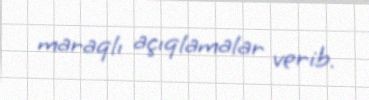
maraqlı açıqlamalar verib.